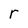
Character: r